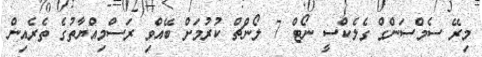
މިރޭ ސެމްސަންގް ގެލެކްސީ ނޯޓް 7 ލޯންޗް ކުރުމަށް ބޭއްވި ރަސްމިއްޔާތުގެ ތެރެއިން